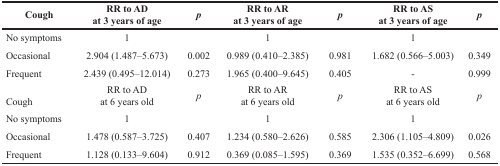
<table><thead><tr><td><b>Cough</b></td><td><b>RR to ADat 3 years of age</b></td><td><b><i>p</i></b></td><td><b>RR to ARat 3 years of age</b></td><td><b><i>p</i></b></td><td><b>RR to ASat 3 years of age</b></td><td><b><i>p</i></b></td></tr></thead><tbody><tr><td>No symptoms</td><td>1</td><td></td><td>1</td><td></td><td>1</td><td></td></tr><tr><td>Occasional</td><td>2.904 (1.487–5.673)</td><td>0.002</td><td>0.989 (0.410–2.385)</td><td>0.981</td><td>1.682 (0.566–5.003)</td><td>0.349</td></tr><tr><td>Frequent</td><td>2.439 (0.495–12.014)</td><td>0.273</td><td>1.965 (0.400–9.645)</td><td>0.405</td><td>-</td><td>0.999</td></tr><tr><td>Cough</td><td>RR to ADat 6 years old</td><td><i>p</i></td><td>RR to ARat 6 years old</td><td><i>p</i></td><td>RR to ASat 6 years old</td><td><i>p</i></td></tr><tr><td>No symptoms</td><td>1</td><td></td><td>1</td><td></td><td>1</td><td></td></tr><tr><td>Occasional</td><td>1.478 (0.587–3.725)</td><td>0.407</td><td>1.234 (0.580–2.626)</td><td>0.585</td><td>2.306 (1.105–4.809)</td><td>0.026</td></tr><tr><td>Frequent</td><td>1.128 (0.133–9.604)</td><td>0.912</td><td>0.369 (0.085–1.595)</td><td>0.369</td><td>1.535 (0.352–6.699)</td><td>0.568</td></tr></tbody></table>